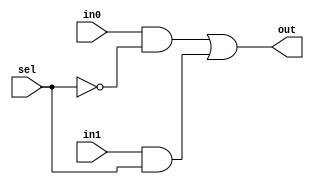
module mux2_1(out, sel, in0, in1);
    output out;
    input  in0, in1;
    input sel;
    wire n1, a1, a2;
    not(n1, sel);
    and(a1, in0, n1);
    and(a2, in1, sel);

    or(out, a1, a2);
endmodule


module bit32_mux2_1(out, sel, in0, in1);
    output [31:0] out;
    input [31:0] in0, in1;
    input sel;

    genvar j;

    generate for(j =0; j < 32; j = j+1) begin
        mux2_1 m1(out[j], sel, in0[j], in1[j]);
    end
    endgenerate
endmodule

module mux3_1(out, sel, in0, in1, in2);
    output out;
    input  in0, in1, in2;
    input [1:0]sel;
    wire n0, n1, a1, a2, a3;
    not(n0, sel[0]);
    not(n1, sel[1]);
    and(a1, in0, n0, n1);
    and(a2, in1, sel[0], n1);
    and(a3, in2, n0, sel[1]);
    or(out, a1, a2, a3);
endmodule


module bit32_mux3_1(out, sel, in0, in1, in2);
    output [31:0] out;
    input [31:0] in0, in1, in2;
    input [1:0]sel;

    genvar j;

    generate for(j =0; j < 32; j = j+1) begin: mux_loop
        mux3_1 m(out[j], sel, in0[j], in1[j], in2[j]);
    end
    endgenerate
endmodule

module bit32_and(out, in1, in2);
    output [31:0] out;
    input [31:0] in1, in2;
    assign {out} = in1 & in2;
endmodule

module bit32_or(out, in1, in2);
    output [31:0] out;
    input [31:0]in1, in2;
    assign out = in1 | in2;
endmodule

module bit32_FA(carry, out, a, b, cin);
    output [31:0] out;
    output carry;
    input [31:0] a, b;
    input cin;
    
    assign {carry, out} = a + b + cin;
endmodule

module alu(cout, result, binvert, a, b, op);
    output cout;
    output [31:0] result;
    input binvert;
    input [31:0] a, b;
    input [1:0] op;

    wire [31:0] w_b, w_and, w_or, w_add;
    bit32_mux2_1 m1(w_b, binvert, b, ~b);

    bit32_and m2(w_and, a, w_b);
    bit32_or m3(w_or, a, w_b);
    bit32_FA m4(cout, w_add, a, w_b, binvert);

    bit32_mux3_1 m5(result, op, w_and, w_or, w_add);
endmodule

module testbench;
    reg binvert, carryin;
    reg [1:0] operation;
    reg [31:0] a, b;
    wire [31:0] result;
    wire carry_out;
    alu ALU(carry_out, result, binvert, a, b, operation);

    initial begin
        $monitor(, $time, " a = %b, b = %b, op = %b, result = %b", a, b, operation, result);  
        a = 32'ha5a5a5a5;
        b = 32'h5a5a5a5a;
        operation = 2'b00;
        binvert = 1'b0;

        #5 operation = 2'b01;
        #5 operation = 2'b10;
        #5 binvert = 1'b1;
        #20 $finish;
    end
endmodule